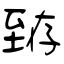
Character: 臶